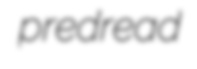
predread